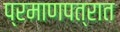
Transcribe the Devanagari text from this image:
प्रमाणपत्रात